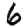
Digit: 6